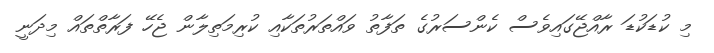
މި ކުޑަކުޑަ ރާއްޖޭގައިވެސް ކެންސަރުގެ ތަފާތު ވައްތަރުތަކާއި ކުރިމަތިލާން ޖެހޭ ފަރާތްތައް މިދަނީ